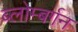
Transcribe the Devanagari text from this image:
ब्लोम्बर्गन